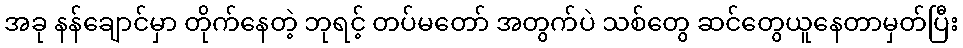
အခု နန်ချောင်မှာ တိုက်နေတဲ့ ဘုရင့် တပ်မတော် အတွက်ပဲ သစ်တွေ ဆင်တွေယူနေတာမှတ်ပြီး